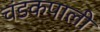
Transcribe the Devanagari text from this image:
चंडकपाली